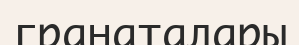
гранаталары